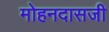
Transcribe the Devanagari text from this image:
मोहनदासजी